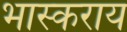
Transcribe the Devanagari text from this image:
भास्कराय